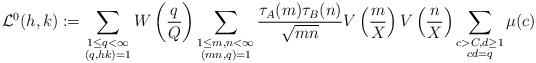
LaTeX: \begin{align*}\mathcal{L}^0(h,k) := \sum_{\substack{1\leq q<\infty \\ (q,hk)=1}} W\left( \frac{q}{Q}\right) \sum_{\substack{1\leq m,n<\infty \\ (mn,q)=1}} \frac{\tau_A(m) \tau_B(n) }{\sqrt{mn}} V\left( \frac{m}{X} \right) V\left( \frac{n}{X} \right)\sum_{\substack{c>C, d \geq 1 \\ cd=q }} \mu(c)\end{align*}